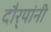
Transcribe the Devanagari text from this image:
दौर्‍यांनी